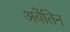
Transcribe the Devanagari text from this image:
अवेंतिन